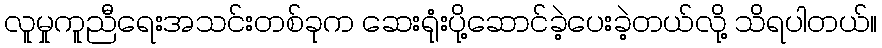
လူမှုကူညီရေးအသင်းတစ်ခုက ဆေးရုံးပို့ဆောင်ခဲ့ပေးခဲ့တယ်လို့ သိရပါတယ်။